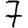
Digit: 7